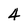
Character: 4